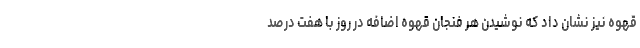
قهوه نیز نشان داد که نوشیدن هر فنجان قهوه اضافه در روز با هفت درصد